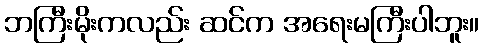
ဘကြီးမိုးကလည်း ဆင်က အရေးမကြီးပါဘူး။